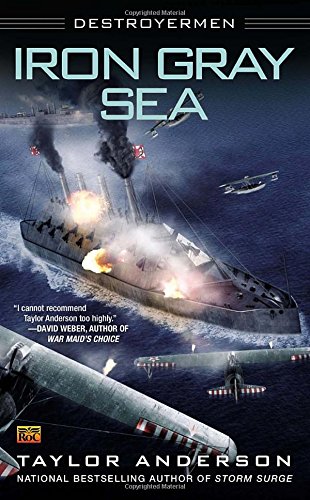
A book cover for Iron Gray Sea: Destroyermen; Taylor Anderson; Science Fiction & Fantasy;